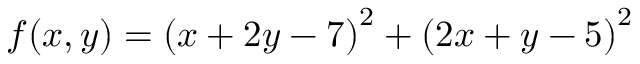
f ( x , y ) = \left( x + 2 y - 7 \right) ^ { 2 } + \left( 2 x + y - 5 \right) ^ { 2 }